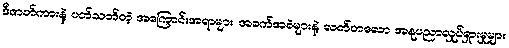
ဒီဇာတ်ကားနဲ့ ပတ်သတ်တဲ့ အကြောင်းအရာများ၊ အခက်အခဲများနဲ့ လတ်တလော အနုပညာလှုပ်ရှားမှုများ